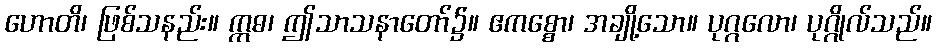
ဟောတိ၊ ဖြစ်သနည်း။ ဣဓ၊ ဤသာသနာတော်၌။ ဧကစ္စော၊ အချို့သော။ ပုဂ္ဂလော၊ ပုဂ္ဂိုလ်သည်။